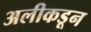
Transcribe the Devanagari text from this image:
अलीकडून